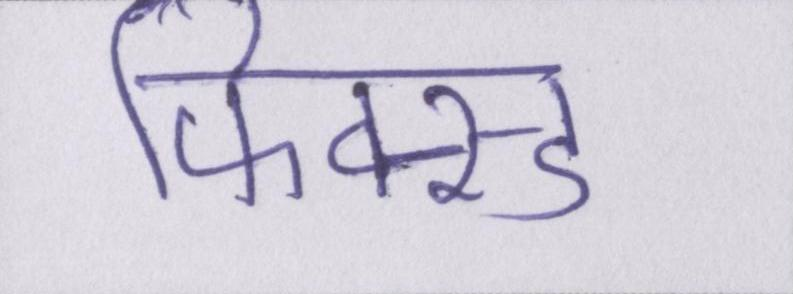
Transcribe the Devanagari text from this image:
फिक्स्ड